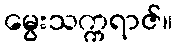
မွေးသက္ကရာဇ်။